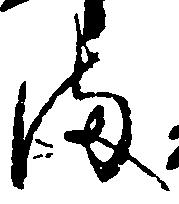
ま